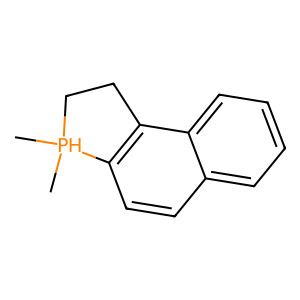
SMILES: C[PH]1(C)CCc2c1ccc1ccccc21
Inhibits HIV replication: No